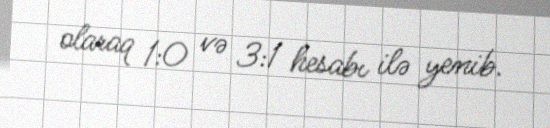
olaraq 1:0 və 3:1 hesabı ilə yenib.